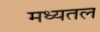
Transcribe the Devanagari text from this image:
मध्यतल